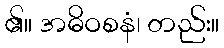
၏။ အဓိဝစနံ၊ တည်း။